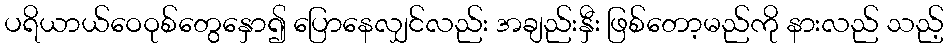
ပရိယာယ်ဝေဝုစ်တွေနှော၍ ပြောနေလျှင်လည်း အချည်းနှီး ဖြစ်တော့မည်ကို နားလည် သည့်